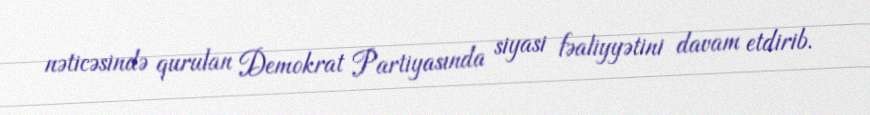
nəticəsində qurulan Demokrat Partiyasında siyasi fəaliyyətini davam etdirib.